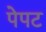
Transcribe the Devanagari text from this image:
पेपट